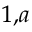
^ { 1 , a }